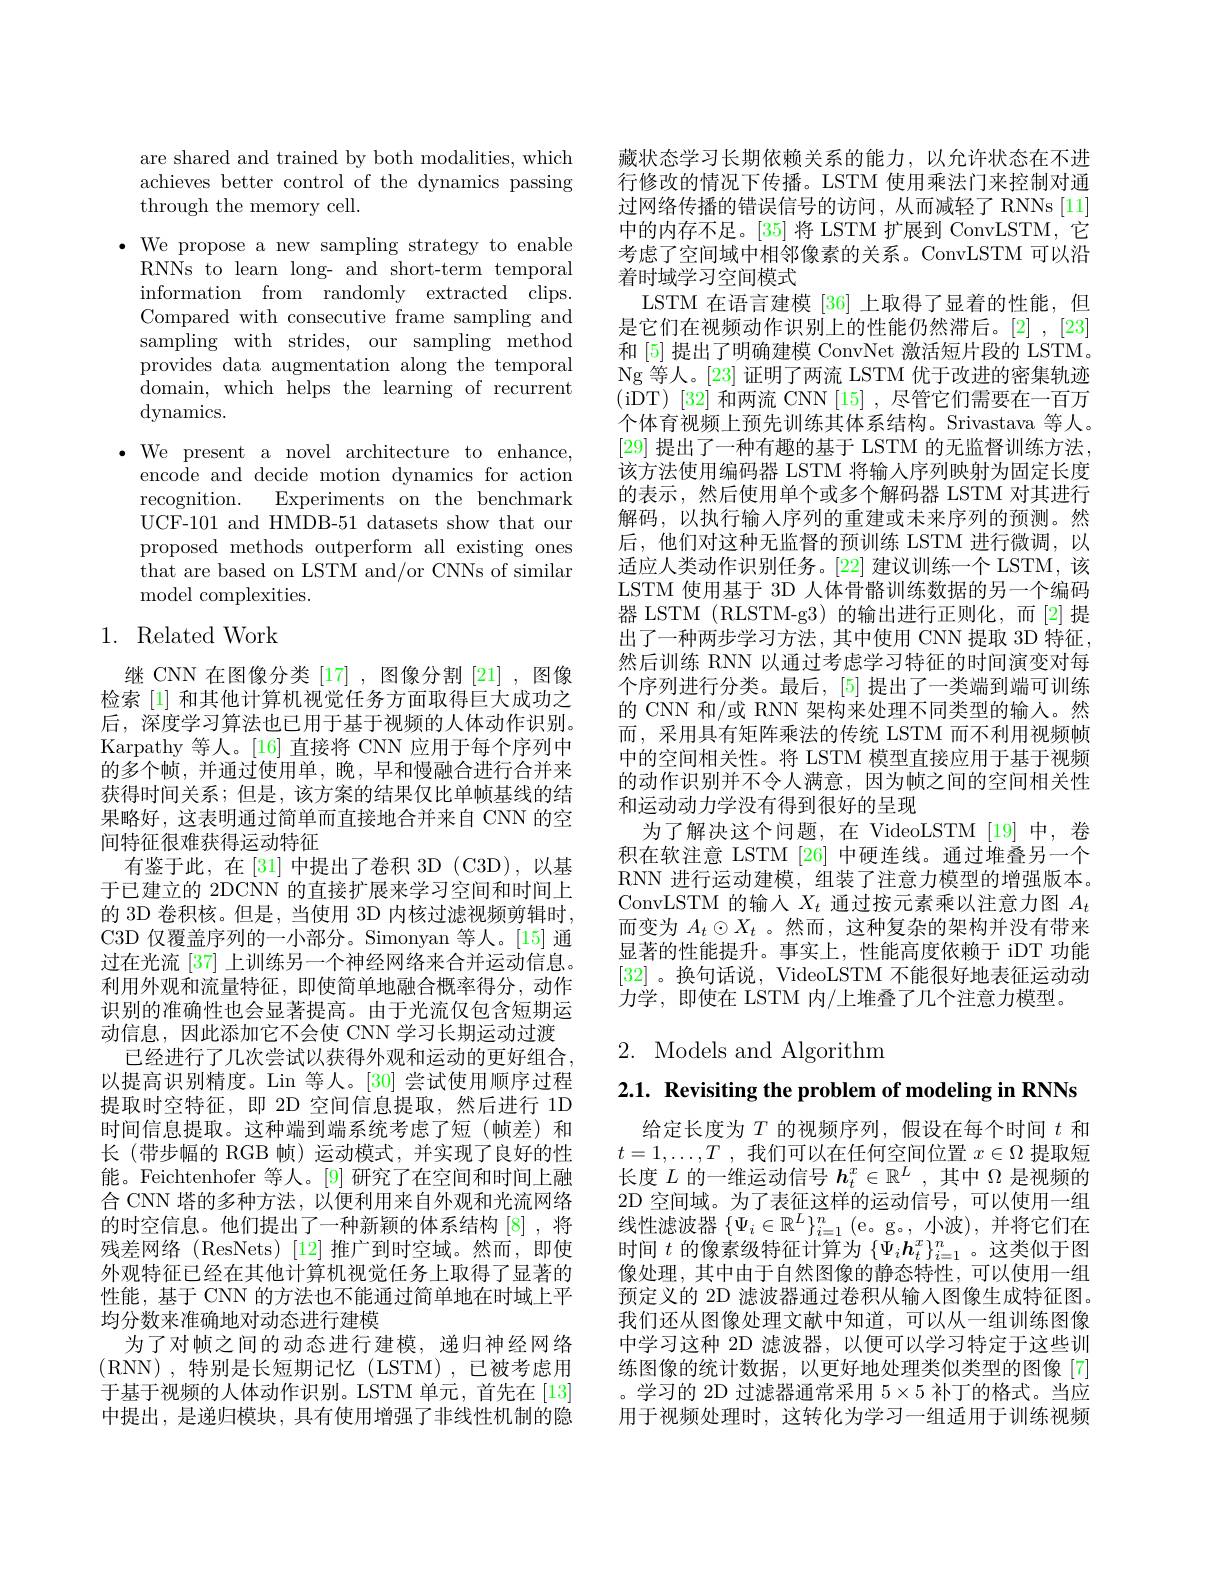
are shared and trained by both modalities, which achieves better control of the dynamics passing through the memory cell.
$\bullet$ We propose a new sampling strategy to enable
RNNs to learn long- and short-term temporal information from randomly extracted clips. Compared with consecutive frame sampling and sampling with strides, our sampling method provides data augmentation along the temporal domain, which helps the learning of recurrent dynamics.
$\bullet$ We present a novel architecture to enhance,
encode and decide motion dynamics for action recognition. Experiments on the benchmark UCF-101 and HMDB-51 datasets show that our proposed methods outperform all existing ones that are based on LSTM and/or CNNs of similar model complexities.

# 1. Related Work

继 CNN 在图像分类 [17] , 图像分割 [21] , 图像检索 [1] 和其他计算机视觉任务方面取得巨大成功之后，深度学习算法也已用于基于视频的人体动作识别。Karpathy 等人。[16] 直接将 CNN 应用于每个序列中的多个帧，并通过使用单，晚，早和慢融合进行合并来获得时间关系；但是，该方案的结果仅比单帧基线的结果略好，这表明通过简单而直接地合并来自 CNN 的空间特征很难获得运动特征
有鉴于此，在[31] 中提出了卷积 3D (C3D), 以基于已建立的 2DCNN 的直接扩展来学习空间和时间上的 3D 卷积核。但是，当使用 3D 内核过滤视频剪辑时， C3D 仅覆盖序列的一小部分。Simonyan 等人。[15] 通过在光流 [37] 上训练另一个神经网络来合并运动信息。利用外观和流量特征，即使简单地融合概率得分，动作识别的准确性也会显著提高。由于光流仅包含短期运动信息，因此添加它不会使 CNN 学习长期运动过渡
已经进行了几次尝试以获得外观和运动的更好组合， 以提高识别精度。Lin 等人。[30] 尝试使用顺序过程提取时空特征，即 2D 空间信息提取，然后进行 1D 时间信息提取。这种端到端系统考虑了短(帧差)和长(带步幅的 RGB 帧)运动模式，并实现了良好的性能。Feichtenhofer 等人。[9] 研究了在空间和时间上融合 CNN 塔的多种方法，以便利用来自外观和光流网络的时空信息。他们提出了一种新颖的体系结构 [8],将残差网络(ResNets)[12]推广到时空域。然而，即使外观特征已经在其他计算机视觉任务上取得了显著的性能，基于 CNN 的方法也不能通过简单地在时域上平均分数来准确地对动态进行建模
为了对帧之间的动态进行建模，递归神经网络(RNN),特别是长短期记忆(LSTM),已被考虑用于基于视频的人体动作识别。LSTM 单元，首先在[13] 中提出，是递归模块，具有使用增强了非线性机制的隐

藏状态学习长期依赖关系的能力，以允许状态在不进行修改的情况下传播。LSTM 使用乘法门来控制对通过网络传播的错误信号的访问，从而减轻了 RNNs[11] 中的内存不足。[35] 将 LSTM 扩展到 ConvLSTM, 它考虑了空间域中相邻像素的关系。ConvLSTM 可以沿着时域学习空间模式
LSTM 在语言建模[36] 上取得了显着的性能，但是它们在视频动作识别上的性能仍然滞后。[2],[23] 和 [5] 提出了明确建模 ConvNet 激活短片段的 LSTM。$\operatorname{Ng}$等人。[23] 证明了两流 LSTM 优于改进的密集轨迹( iDT) [ 32] 和两流 CNN $[15]~,~$尽管它们需要在一百万个体育视频上预先训练其体系结构。Srivastava 等人。[29]提出了一种有趣的基于 LSTM 的无监督训练方法， 该方法使用编码器 LSTM 将输人序列映射为固定长度的表示，然后使用单个或多个解码器 LSTM 对其进行解码，以执行输入序列的重建或未来序列的预测。然后，他们对这种无监督的预训练 LSTM 进行微调，以适应人类动作识别任务。[22] 建议训练一个 LSTM,该LSTM 使用基于 3D 人体骨骼训练数据的另一个编码器 LSTM (RLSTM-g3) 的输出进行正则化，而[2]提出了一种两步学习方法，其中使用 CNN 提取 3D 特征， 然后训练 RNN 以通过考虑学习特征的时间演变对每个序列进行分类。最后，[5] 提出了一类端到端可训练的 CNN 和/或 RNN 架构来处理不同类型的输人。然而，采用具有矩阵乘法的传统 LSTM 而不利用视频帧中的空间相关性。将 LSTM 模型直接应用于基于视频的动作识别并不令人满意，因为帧之间的空间相关性和运动动力学没有得到很好的呈现
为了解决这个问题，在 VideoLSTM [19] 中，卷积在软注意 LSTM [26] 中硬连线。通过堆叠另一个RNN 进行运动建模，组装了注意力模型的增强版本。ConvLSTM 的输人$X_t$通过按元素乘以注意力图$A_t$ 而变为$A_t\odot X_t$ 。然而，这种复杂的架构并没有带来显著的性能提升。事实上，性能高度依赖于 iDT 功能[32] 。换句话说，VideoLSTM 不能很好地表征运动动力学，即使在 LSTM 内/上堆叠了几个注意力模型。

# $2.{\mathrm{~Models~and~Algorithm}}$

$2. 1. \textbf{ Revisiting the problem of modeling in RNNs}$

给定长度为$T$的视频序列，假设在每个时间$t$和$t=1,\ldots,T$ ,我们可以在任何空间位置$x\in\Omega$提取短长度$L$的一维运动信号$h_t^x\in\mathbb{R}^L$,其中$\Omega$是视频的2D 空间域。为了表征这样的运动信号，可以使用一组线性滤波器$\{\Psi_i\in\mathbb{R}^L\}_{i=1}^n\left(\mathrm{e}\text{。g}\circ,\text{小波}\right)$,并将它们在时间$t$的像素级特征计算为$\{\bar\Psi_i\boldsymbol{h}_t^x\}_{i=1}^n$。这类似于图像处理，其中由于自然图像的静态特性，可以使用一组预定义的 2D 滤波器通过卷积从输人图像生成特征图。我们还从图像处理文献中知道，可以从一组训练图像中学习这种 2D 滤波器，以便可以学习特定于这些训练图像的统计数据，以更好地处理类似类型的图像[7] 。学习的 2D 过滤器通常采用$5\times5$补丁的格式。当应用于视频处理时，这转化为学习一组适用于训练视频